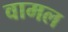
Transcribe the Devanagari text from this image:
वामल